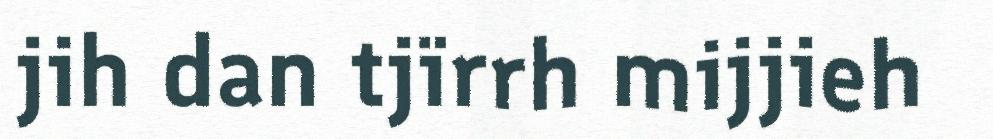
jih dan tjïrrh mijjieh